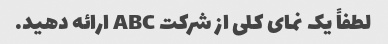
لطفاً یک نمای کلی از شرکت ABC ارائه دهید.